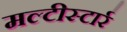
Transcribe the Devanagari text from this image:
मल्टीस्टार्र